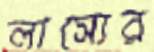
লাস্যের